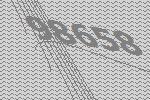
98658